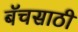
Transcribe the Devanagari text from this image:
बॅचसाठी